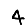
Digit: 4